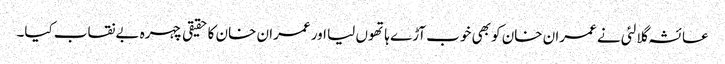
عائشہ گلالئی نے عمران خان کو بھی خوب آڑے ہاتھوں لیا اور عمران خان کا حقیقی چہرہ بےنقاب کیا۔